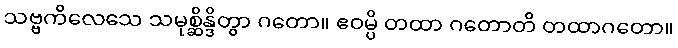
သဗ္ဗကိလေသေ သမုစ္ဆိန္ဒိတွာ ဂတော။ ဧဝမ္ပိ တထာ ဂတောတိ တထာဂတော။